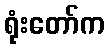
ရုံးတော်က